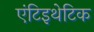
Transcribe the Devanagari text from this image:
एंटिइथेटिक